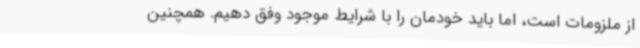
از ملزومات است، اما باید خودمان را با شرایط موجود وفق دهیم. همچنین